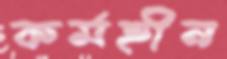
কর্মহীন